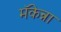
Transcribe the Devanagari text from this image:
मॅकेन्ना